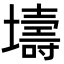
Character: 壔